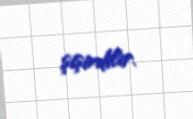
şişirdilir.